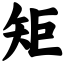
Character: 矩